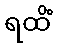
ရထိံ